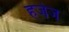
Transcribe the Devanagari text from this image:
हजेज